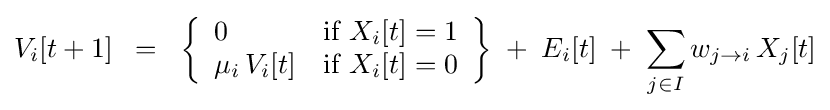
V_{i}[t+1]\;\;=\;\;\left\{{\begin{array}{ll}0&\mathrm {if} \;X_{i}[t]=1\\\mu _{i}\,V_{i}[t]&\mathrm {if} \;X_{i}[t]=0\end{array}}\right\}\;+\;E_{i}[t]\;+\;\sum _{j\in I}w_{j\to i}\,X_{j}[t]